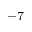
^ { - 7 }